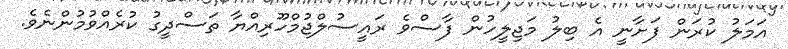
އަމަލު ކުރަން ފަށާނީ އެ ބިލު މަޖިލީހުން ފާސްވެ ރައީސުލްޖުމްހޫރިއްޔާ ތަސްދީގު ކުރެއްވުމުންނެވެ.